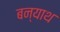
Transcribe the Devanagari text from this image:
बन्याथ